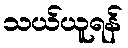
သယ်ယူရန်